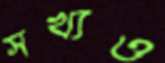
সখ্যও